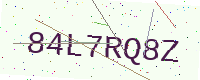
Text: 84L7RQ8Z